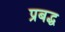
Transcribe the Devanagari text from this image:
प्रबद्ध